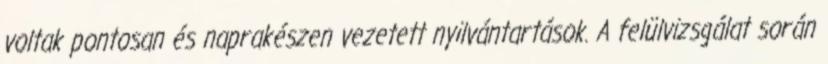
voltak pontosan és naprakészen vezetett nyilvántartások. A felülvizsgálat során